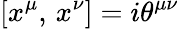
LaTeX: \left[x^{\mu},\, x^{\nu}\right]=i\theta^{\mu\nu}